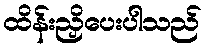
ထိန်းညှိပေးပါသည်